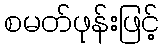
စမတ်ဖုန်းဖြင့်